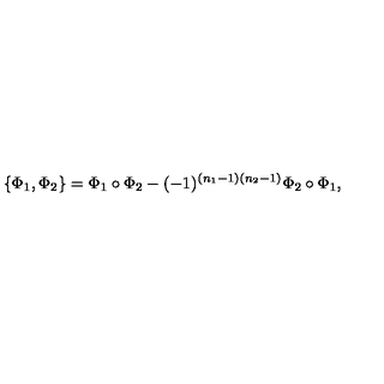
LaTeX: \{ \Phi _ { 1 } , \Phi _ { 2 } \} = \Phi _ { 1 } \circ \Phi _ { 2 } - ( - 1 ) ^ { ( n _ { 1 } - 1 ) ( n _ { 2 } - 1 ) } \Phi _ { 2 } \circ \Phi _ { 1 } ,